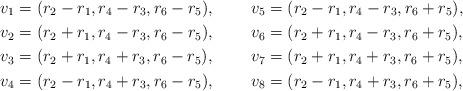
LaTeX: \begin{align*}v_1&=(r_2-r_1,r_4-r_3,r_6-r_5), &v_5&=(r_2-r_1,r_4-r_3,r_6+r_5),\\v_2&=(r_2+r_1,r_4-r_3,r_6-r_5),&v_6&=(r_2+r_1,r_4-r_3,r_6+r_5),\\v_3&=(r_2+r_1,r_4+r_3,r_6-r_5), &v_7&=(r_2+r_1,r_4+r_3,r_6+r_5),\\v_4&=(r_2-r_1,r_4+r_3,r_6-r_5),&v_8&=(r_2-r_1,r_4+r_3,r_6+r_5),\end{align*}